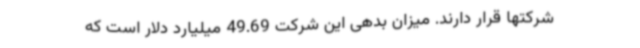
شرکتها قرار دارند. میزان بدهی این شرکت 49.69 میلیارد دلار است که